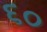
૬૦